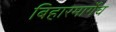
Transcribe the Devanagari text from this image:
बिहारमार्गेच